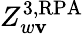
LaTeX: Z_{w\mathbf{v}}^{\mathrm{{3,RPA}}}